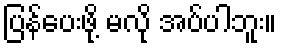
ပြန်ပေးဖို့ မလို အပ်ပါဘူး။